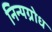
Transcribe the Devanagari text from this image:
निन्यग्रोध